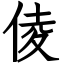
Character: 倰